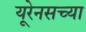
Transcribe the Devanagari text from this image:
यूरेनसच्या